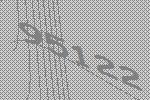
95122